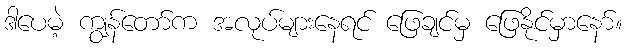
ဒါပေမဲ့ ကျွန်တော်က အလုပ်များနေရင် ဖြေချင်မှ ဖြေနိုင်မှာနော်။